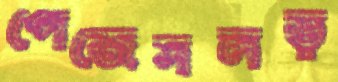
পেজেসলড়